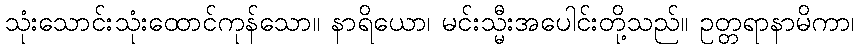
သုံးသောင်းသုံးထောင်ကုန်သော။ နာရိယော၊ မင်းသ္မီးအပေါင်းတို့သည်။ ဥတ္တရာနာမိကာ၊